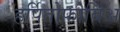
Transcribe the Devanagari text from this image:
हर्पितोफोबिअ